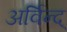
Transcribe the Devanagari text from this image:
अर्विन्द्